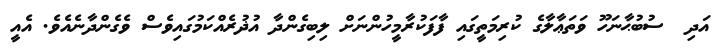
އަދި  ސުބުޙާނަހޫ ވަތަޢާލާގެ ކުރިމަތީގައި ފާފަކުރާމީހުންނަށް ލިބިގެންދާ އުޛުރެއްކަމުގައިވެސް ވެގެންދާނެއެވެ. އެއީ